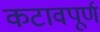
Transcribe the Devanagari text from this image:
कटावपूर्ण